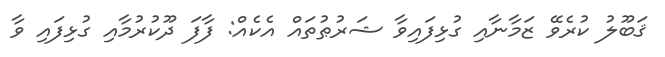
ޤަބޫލު ކުރެވޭ ޒަމާނާއި ގުޅިފައިވާ ޝަރުޠުތައް އެކެއް: ފާފަ ދޫކުރުމާއި ގުޅިފައި ވާ